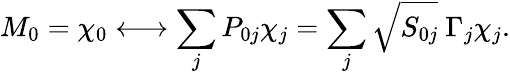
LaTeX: M_{0}=\chi_{0}\longleftrightarrow\sum_{j}P_{0j}\chi_{j}=\sum_{j}\sqrt{S_{0j}}\ \Gamma_{j}\chi_{j}.